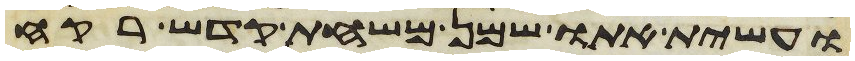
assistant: ועשית אתו שמן משחת קדש רקח